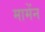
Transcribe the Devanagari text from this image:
मामेंन